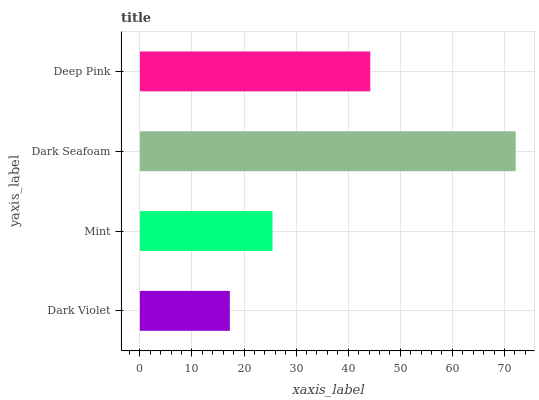
| yaxis_label | bars |
 | --- | --- |
 | Dark Violet | 17.3 |
 | Mint | 25.5 |
 | Dark Seafoam | 72.2 |
 | Deep Pink | 44.2 |